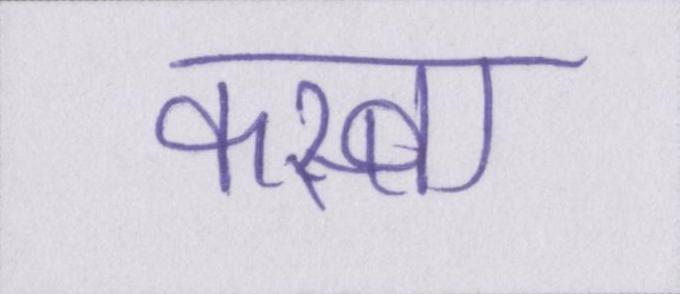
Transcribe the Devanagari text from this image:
कस्बा